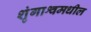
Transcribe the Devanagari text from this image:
शृंगाश्वमधील